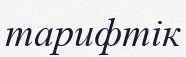
тарифтік